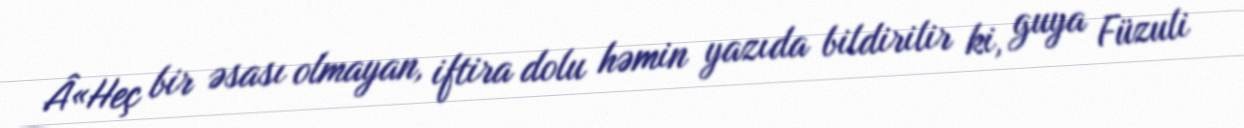
Â«Heç bir əsası olmayan, iftira dolu həmin yazıda bildirilir ki, guya Füzuli